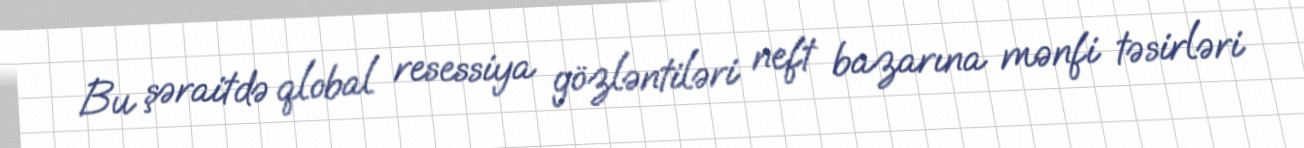
Bu şəraitdə qlobal resessiya gözləntiləri neft bazarına mənfi təsirləri